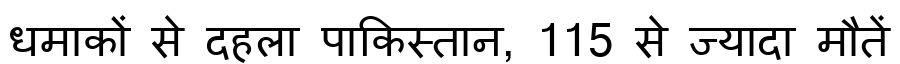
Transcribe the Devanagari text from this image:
धमाकों से दहला पाकिस्तान, 115 से ज्यादा मौतें